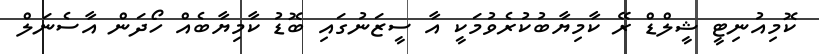
ކޮމިއުނިޓީ ޝީލްޑް ރޭ ކާމިޔާބުކުރެވުމަކީ އާ ސީޒަނުގައި ބޮޑު ކާމިޔާބެއް ހޯދަން އާސެނަލް